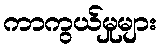
ကာကွယ်မှုများ